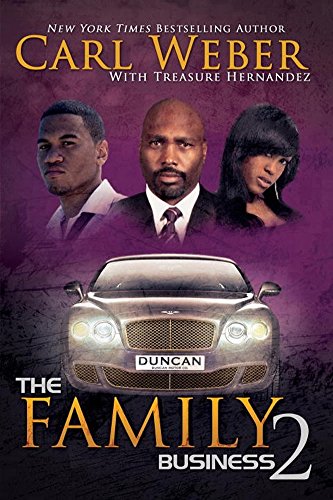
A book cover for The Family Business 2 (Family Business Novels); Carl Weber; Literature & Fiction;